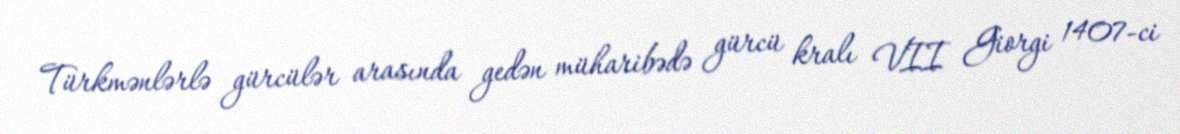
Türkmənlərlə gürcülər arasında gedən müharibədə gürcü kralı VII Giorgi 1407-ci